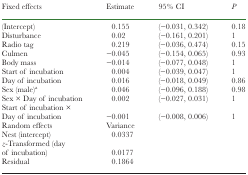
| Fixed effects | Estimate | 95% CI | P |
 | --- | --- | --- | --- |
 | (Intercept) | 0.155 | (−0.031, 0.342) | 0.18 |
 | Disturbance | 0.02 | (−0.161, 0.201) | 1 |
 | Radio tag | 0.219 | (−0.036, 0.474) | 0.15 |
 | Culmen | −0.045 | (−0.154, 0.065) | 0.93 |
 | Body mass | −0.014 | (−0.077, 0.048) | 1 |
 | Start of incubation | 0.004 | (−0.039, 0.047) | 1 |
 | Day of incubation | 0.016 | (−0.018, 0.049) | 0.86 |
 | Sex (male)a | 0.046 | (−0.096, 0.188) | 0.98 |
 | Sex × Day of incubation | 0.002 | (−0.027, 0.031) | 1 |
 | Start of incubation × Day of incubation | −0.001 | (−0.008, 0.006) | 1 |
 | Random effects | Variance |  |  |
 | Nest (intercept) | 0.0337 |  |  |
 | z-Transformed (day of incubation) | 0.0177 |  |  |
 | Residual | 0.1864 |  |  |